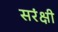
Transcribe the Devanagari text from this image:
सरंक्षी